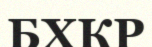
БХКР